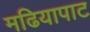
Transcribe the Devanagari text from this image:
मढियापाट